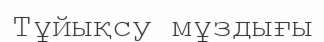
Тұйықсу мұздығы